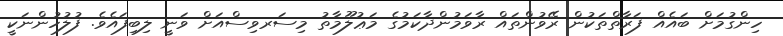
ހިންގުމަށް ބައެއް ފަރާތްތަކުން ރޭވުންތައް ރާވަމުންދާކަމުގެ މަޢުލޫމާތު މިސަރވިސްއަށް ވަނީ ލިބިފައެވެ. ފުލުހުންނަކީ